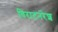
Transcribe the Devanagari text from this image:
विराटनरेश